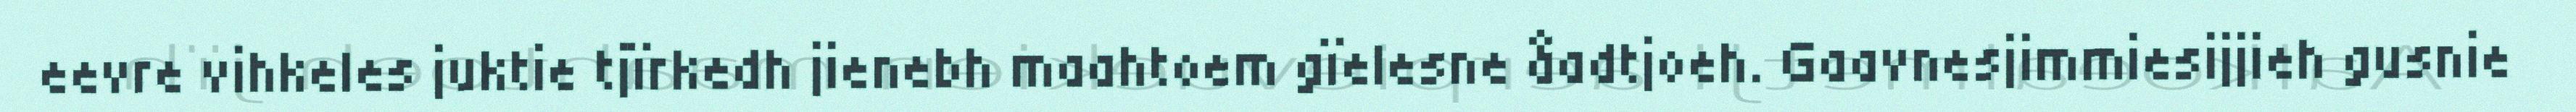
eevre vihkeles juktie tjïrkedh jienebh maahtoem gïelesne åadtjoeh. Gaavnesjimmiesijjieh gusnie